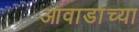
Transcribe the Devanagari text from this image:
आवाडांच्या